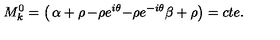
M _ { k } ^ { 0 } = \left( \begin{matrix} { \alpha + \rho } & { - \rho e ^ { i \theta } } \\ { - \rho e ^ { - i \theta } } & { \beta + \rho } \\ \end{matrix} \right) = c t e .